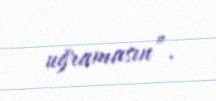
uğramasın”.